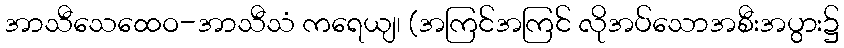
အာသီသေထေဝ-အာသီသံ ကရေယျ၊ (အကြင်အကြင် လိုအပ်သောအစီးအပွား၌